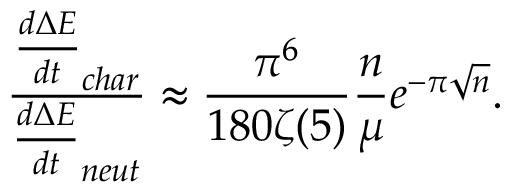
\frac { \frac { d \Delta E } { d t } _ { c h a r } } { \frac { d \Delta E } { d t } _ { n e u t } } \approx \frac { \pi ^ { 6 } } { 1 8 0 \zeta ( 5 ) } \frac { n } { \mu } e ^ { - \pi \sqrt { n } } .